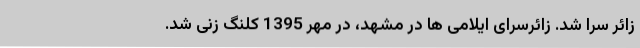
زائر سرا شد. زائرسرای ایلامی ها در مشهد، در مهر 1395 کلنگ زنی شد.